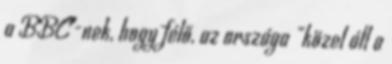
a BBC-nek, hogy félő, az országa "közel áll a